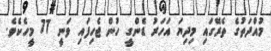
މުއްދަތުގެ ތެރޭގައި މިދިޔަ އަހަރު ޑެންގީ ހުން ޖެހިފައި ވަނީ 77 މީހެކެވެ.